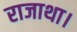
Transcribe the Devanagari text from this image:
राजाथा।